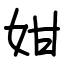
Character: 姏